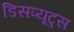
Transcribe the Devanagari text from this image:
डिसप्यूट्स